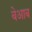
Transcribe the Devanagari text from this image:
बेआब